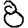
Digit: 8